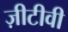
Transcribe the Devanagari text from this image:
ज़ीटीवी